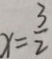
x = \frac { 3 } { 2 }